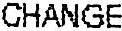
CHANGE